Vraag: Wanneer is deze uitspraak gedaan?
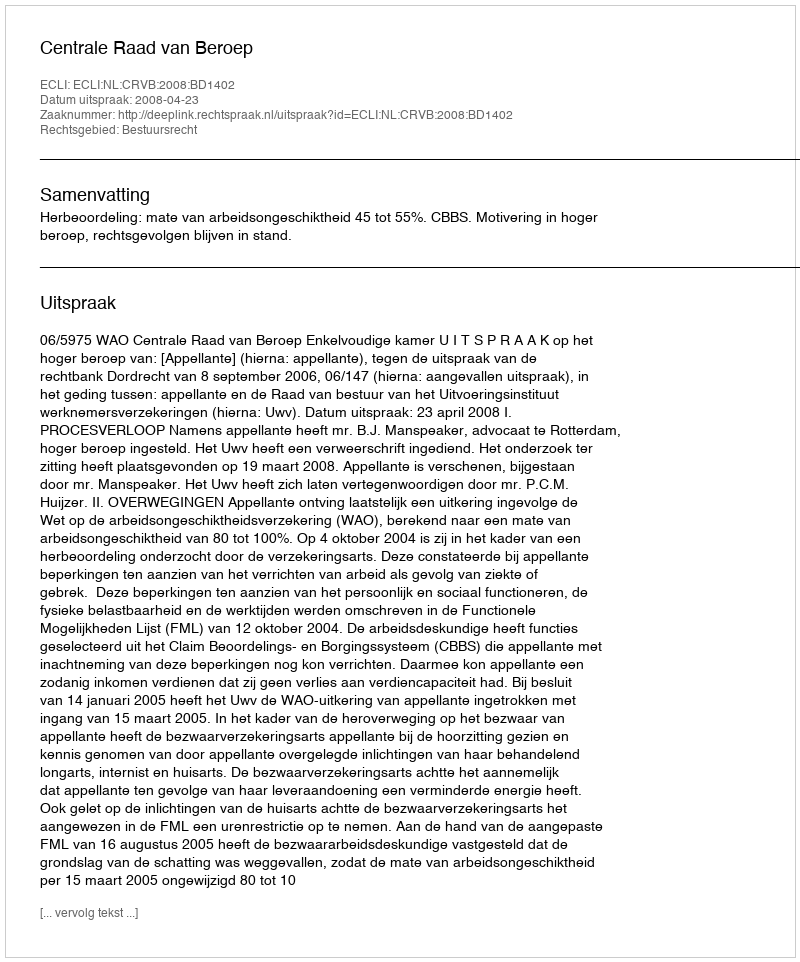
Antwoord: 2008-04-23